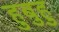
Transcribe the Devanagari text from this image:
हुबुहु